Annual report of the Punjab Veterinary College and of the Civil Veterinary Department, Punjab - 1894-1908
Year: 1894
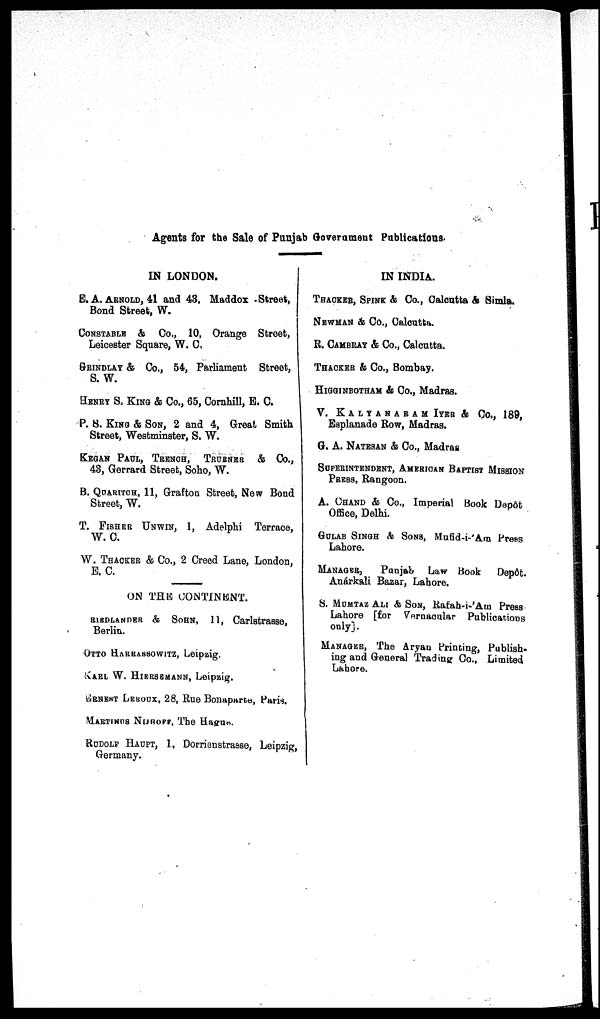
Agents for the Sale of Punjab Government Publications.
IN LONDON.
E. A. ARNOLD, 41 and 43, Maddox Street,
Bond Street, W.
CONSTABLE & Co., 10, Orange Street,
Leicester Square, W. C,
GRINDLAY & Co., 54, Parliament Street,
S. W.
HENRY S. KING & Co., 65, Cornhill, E. C.
P. S. KING & SON, 2 and 4, Great Smith
Street, Westminster, S. W.
KEGAN PAUL, TRENCH,
TRUBNER
&
Co.,
43, Gerrard Street, Soho, W.
B. QUARITCH, 11, Grafton Street, New Bond
Street, W.
T. FISHER UNWIN, 1, Adelphi Terrace,
W. C.
W. THACKER & Co., 2 Creed Lane, London,
E. C.
ON THE CONTINENT.
RIENDLANDER & SOHN,
11, Carlstrasse,
Berlin.
OTTO HARRASSOWITZ, Leipzig.
KARL W. HIERSEMANN, Leipzig.
ERNEST LEROUX, 28, Rue Bonaparte, Paris.
MARTINUS NORFF, The Hagus.
RUDOLF HAUPT, 1, Dorrienstrasse, Leipzig,
Germany.
IN INDIA.
THACKER, SPINK & Co., Calcutta & Simla.
NEWMAN & Co., Calcutta.
R. CAMBRAY & Co., Calcutta.
THACKER & Co., Bombay.
HIGGINBOTHAM & Co., Madras.
V. KALYANABAM IYER & Co., 189,
Esplanade Row, Madras.
G. A. NATESAN & Co., Madras
SUPERINTENDENT, AMERICAN BAPIST MISSION
PRESS, Rangoon.
A. CHAND & Co., Imperial Book Depôt
Office, Delhi.
GULAB SINGH & SONS, Mufid-i-'Am Press
Lahore.
MANAGER,
Panjab
Law Book
Depôt.
Anárkali Bazar, Lahore.
S. MOMTAJ ALI & SON, Rafah-i-'Am Press
Lahore [£or Vernacular Publications
only].
MANAGER, The Aryan Printing, Publish-
ing and General Trading Co., Limited
Lahore.